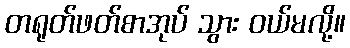
တရုတ်ဖတ်စာအုပ် သွား ဝယ်မလို့။